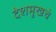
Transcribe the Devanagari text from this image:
देशमुखचे